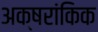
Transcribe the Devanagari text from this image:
अक्षरांकिक